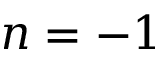
n = - 1